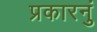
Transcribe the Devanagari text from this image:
प्रकारनुं